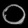
Digit: ၀